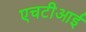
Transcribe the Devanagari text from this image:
एचटीआई